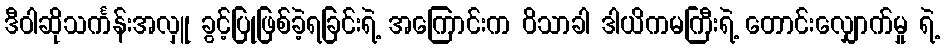
ဒီဝါဆိုသင်္ကန်းအလှူ ခွင့်ပြုဖြစ်ခဲ့ရခြင်းရဲ့ အကြောင်းက ဝိသာခါ ဒါယိကမကြီးရဲ့ တောင်းလျှောက်မှု ရဲ့